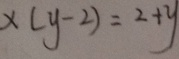
x ( y - 2 ) = 2 + y